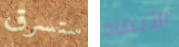
ستسرق الأبعاد